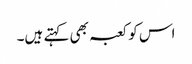
اس کو کعبہ بھی کہتے ہیں۔